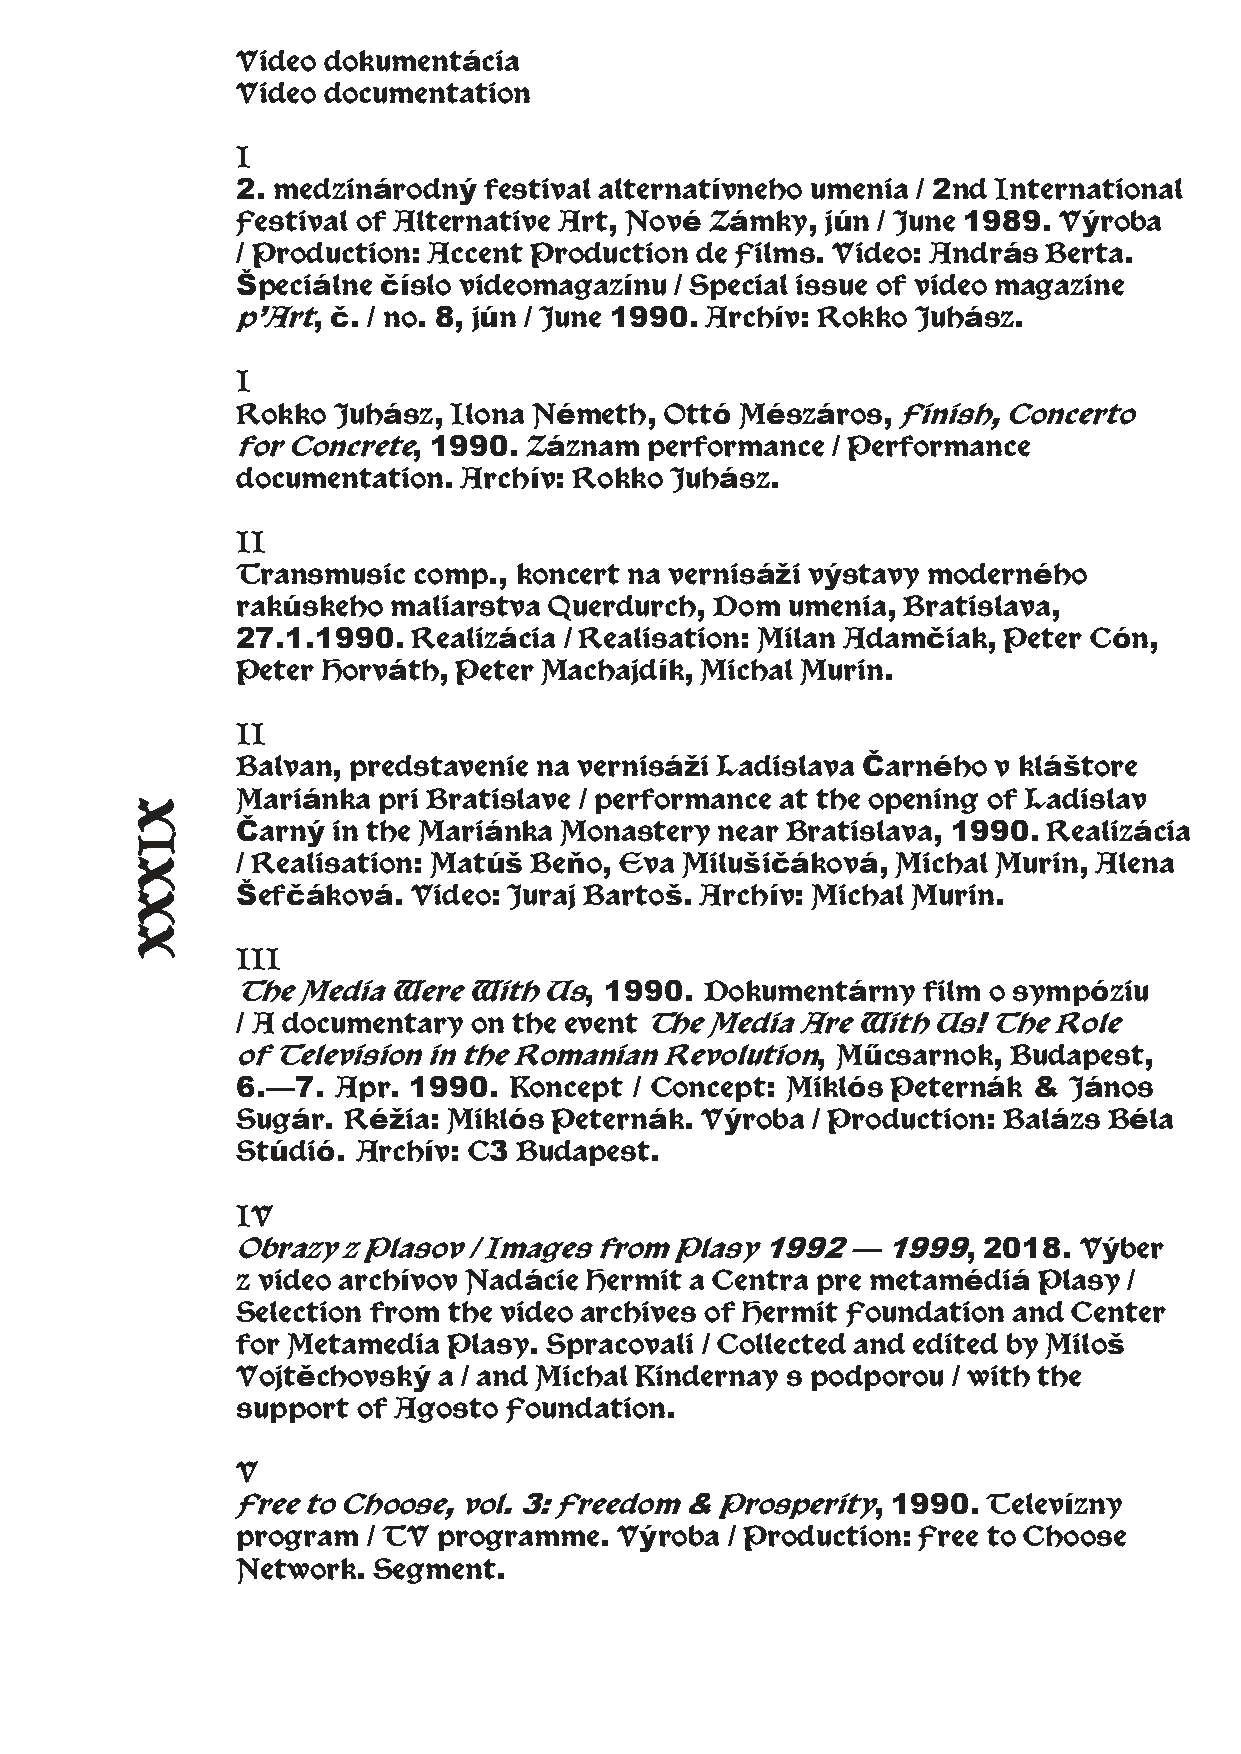
Video dokumentácia
 Video documentation
 I
 2. medzinárodný festival alternatívneho umenia / 2nd International
 Festival of Alternative Art, Nové Zámky, jún / June 1989. Výroba
 / Production: Accent Production de Films. Video: András Berta.
 Špeciálne číslo videomagazínu / Special issue of video magazine
 p’Art, č. / no. 8, jún / June 1990. Archív: Rokko Juhász.
 I
 Rokko Juhász, Ilona Németh, Ottó Mészáros, Finish, Concerto
 for Concrete, 1990. Záznam  performance / Performance
 documentation. Archív: Rokko Juhász.
 II
 Transmusic comp., koncert na vernisáži výstavy moderného
 rakúskeho maliarstva Querdurch, Dom umenia, Bratislava,
 27.1.1990. Realizácia / Realisation: Milan Adamčiak, Peter Cón,
 Peter Horváth, Peter Machajdík, Michal Murin.
 II
 Balvan, predstavenie na vernisáži Ladislava Čarného v kláštore
 Mariánka pri Bratislave / performance at the opening of Ladislav
 Čarný in the Mariánka Monastery near Bratislava, 1990. Realizácia
 / Realisation: Matúš Beňo, Eva Milušičáková, Michal Murin, Alena
 Šefčáková. Video: Juraj Bartoš. Archív: Michal Murin.
 III
 The  Media Were With Us, 1990.  Dokumentárny  film o sympóziu
 / A documentary on the event The Media Are With Us! The Role
 of Television in the Romanian Revolution, Műcsarnok, Budapest,
 6.—7. Apr. 1990.  Koncept / Concept: Miklós Peternák & János
 Sugár. Réžia: Miklós Peternák. Výroba / Production: Balázs Béla
 Stúdió. Archív: C3 Budapest.
 IV
 Obrazy  z Plasov / Images from Plasy 1992 — 1999, 2018. Výber
 z video archívov Nadácie Hermit a Centra pre metamédiá Plasy /
 Selection from the video archives of Hermit Foundation and Center
 for Metamedia Plasy. Spracovali / Collected and edited by Miloš
 Vojtěchovský a / and Michal Kindernay s podporou / with the
 support of Agosto Foundation.
 V
 Free to Choose, vol. 3: Freedom & Prosperity, 1990. Televízny
 program / TV programme.  Výroba / Production: Free to Choose
 Network. Segment.
 XIXXX